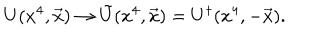
U ( x ^ { 4 } , \vec { x } ) \rightarrow \tilde { U } ( x ^ { 4 } , \vec { x } ) = U ^ { \dagger } ( x ^ { 4 } , - \vec { x } ) .